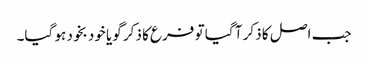
جب اصل کا ذکر آ گیا تو فرع کا ذکر گویا خود بخود ہو گیا۔